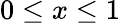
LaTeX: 0\leq x\leq 1